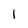
Character: l